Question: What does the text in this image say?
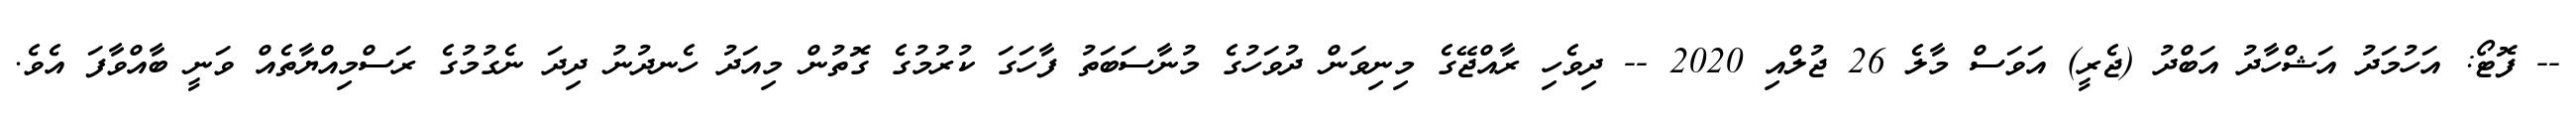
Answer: -- ފޮޓޯ: އަހުމަދު އަޝްހާދު އަބްދު (ޖެރީ) އަވަސް މާލެ 26 ޖުލްއި 2020 -- ދިވެހި ރާއްޖޭގެ މިނިވަން ދުވަހުގެ މުނާސަބަތު ފާހަގަ ކުރުމުގެ ގޮތުން މިއަދު ހެނދުނު ދިދަ ނެގުމުގެ ރަސްމިއްޔާތެއް ވަނީ ބާއްވާފަ އެވެ.